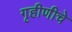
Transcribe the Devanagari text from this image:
गृहीणीचे